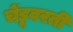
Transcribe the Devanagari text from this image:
चेंडूवरती